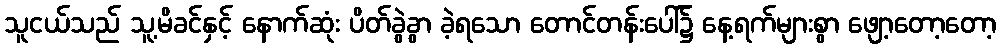
သူငယ်သည် သူ့မိခင်နှင့် နောက်ဆုံး ပိတ်ခွဲခွာ ခဲ့ရသော တောင်တန်းပေါ်၌ နေ့ရက်များစွာ ဖျော့တော့တော့